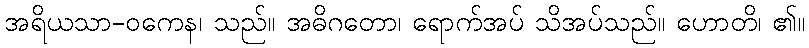
အရိယသာ-ဝကေန၊ သည်။ အဓိဂတော၊ ရောက်အပ် သိအပ်သည်။ ဟောတိ၊ ၏။